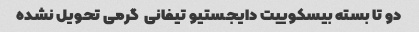
دو تا بسته بیسکوییت دایجستیو تیفانی  گرمی تحویل نشده